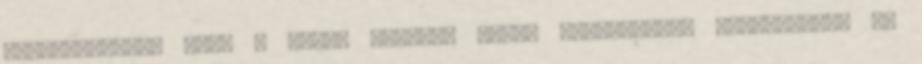
koncentrálni, hogy a másik elméjét tudja irányítani. Erőltetett, de